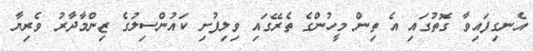
އެނގިފައިވާ ގޮތުގައި އެ ތިން މީހުންގެ ތެރޭގައި ވިލިފުށި ކައުންސިލުގެ ޒިންމާދާރު ވެރިޔާ